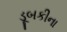
ડૂબકીના